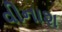
વીનાશ